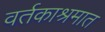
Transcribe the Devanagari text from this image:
वर्तकाश्रमात